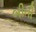
બીતી